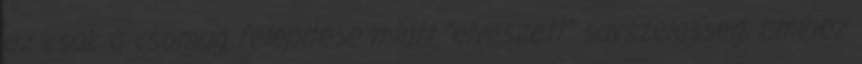
ez csak a csomag felepitese miatt "elveszett" savszelesseg, amihez